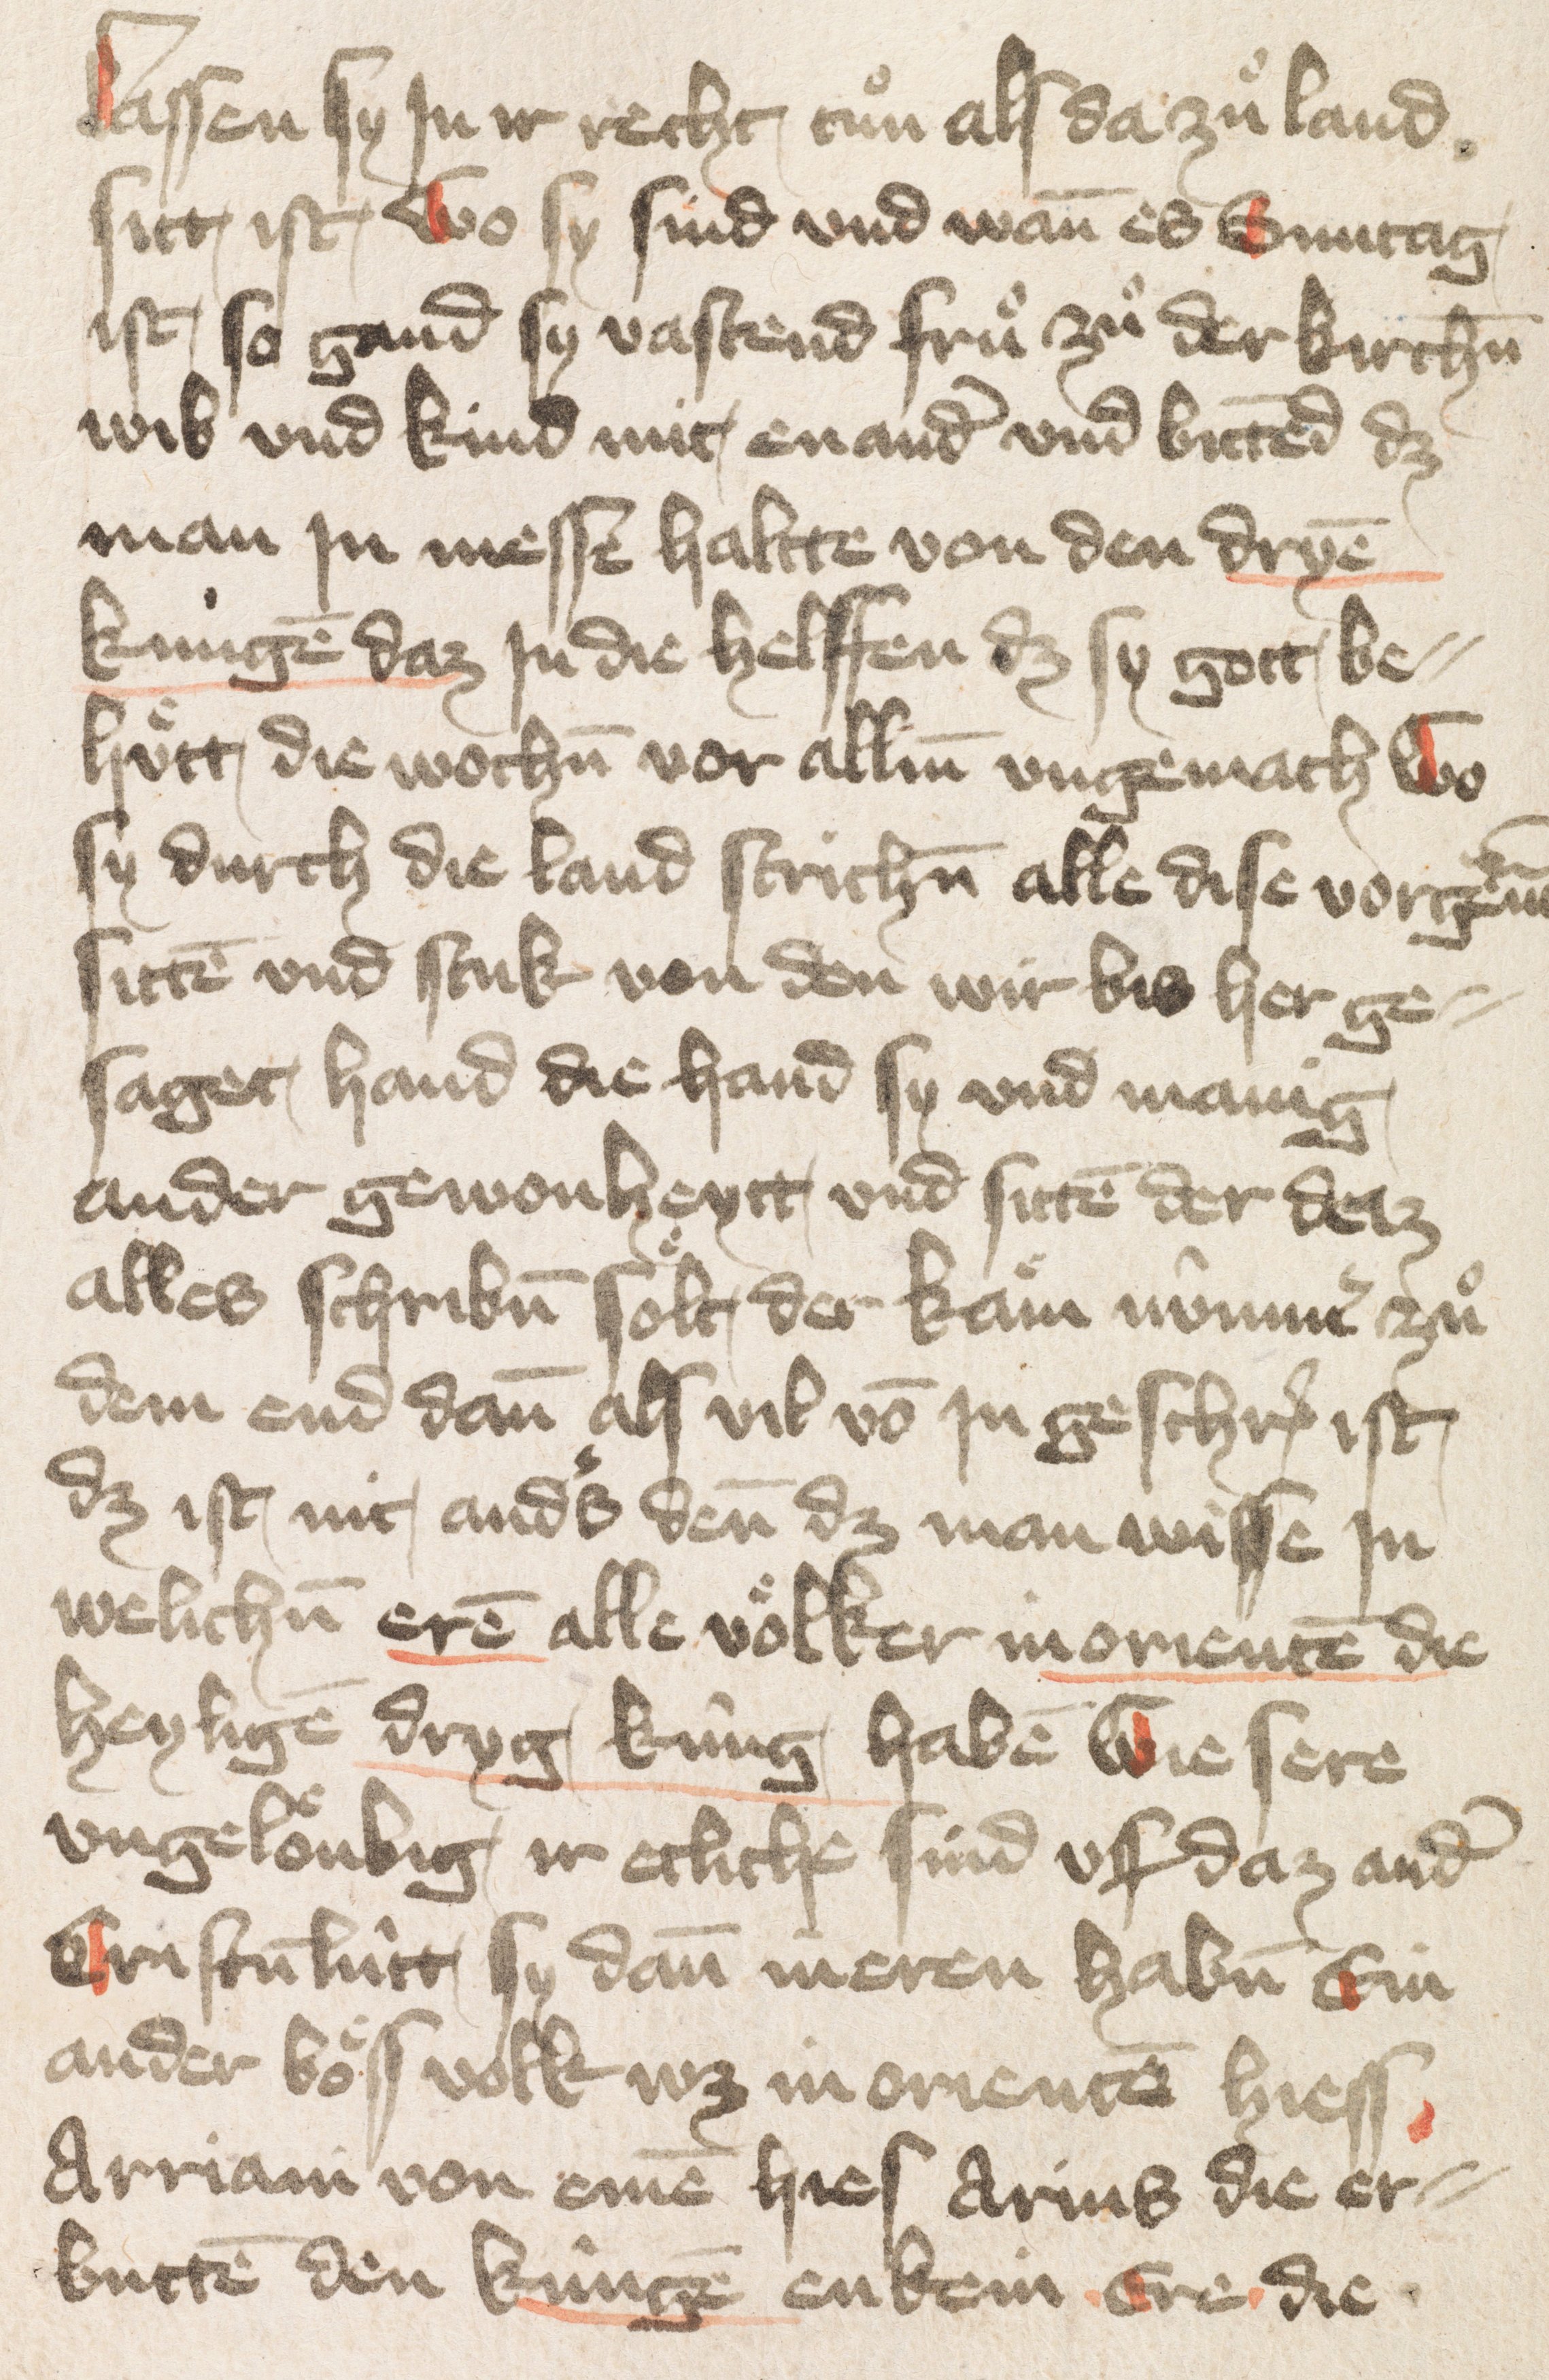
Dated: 1400–1424